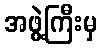
အဖွဲ့ကြီးမှ